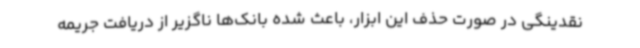
نقدینگی در صورت حذف این ابزار، باعث شده بانک‌ها ناگزیر از دریافت جریمه